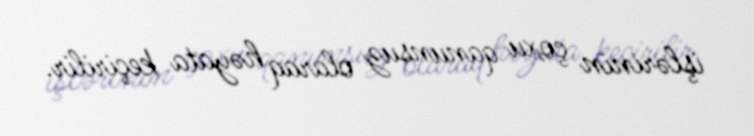
işlərinin çoxu qanunsuz olaraq həyata keçirilir.